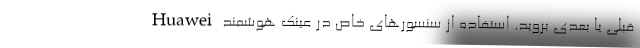
قبلی یا بعدی بروید. استفاده از سنسورهای خاص در عینک هوشمند Huawei